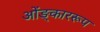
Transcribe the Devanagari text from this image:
ओंङ्काररूप